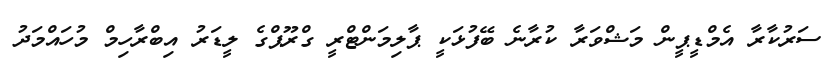
ސަރުކާރާ އެމްޑީޕީން މަޝްވަރާ ކުރާނެ ބޭފުޅަކީ ޕާލިމަންޓްރީ ގްރޫޕްގެ ލީޑަރު އިބްރާހިމް މުހައްމަދު